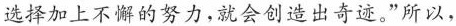
选择加上不懈的努力，就会创造出奇迹。”所以，